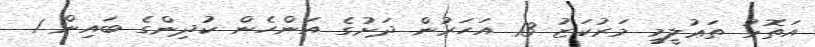
އަތޮޅު ތަޢުލީމީ މަރުކަޒު 13 އަހަރުން ދަށުގެ އަންހެން ކުދިންގެ ބައިން 1